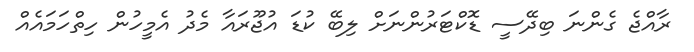
ރާއްޖެ ގެންނަ ބިދޭސީ ޑޮކްޓަރުންނަށް ލިބޭ ކުޑަ އުޖޫރައާ މެދު އެމީހުން ހިތްހަމައެއް